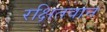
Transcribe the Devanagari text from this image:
रक्षितवान